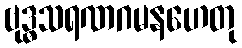
ဗုဒ္ဓသရဏဂမနဟေတု